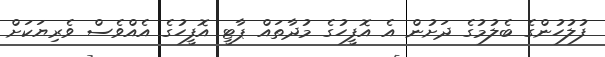
ފުލުހުންގެ ބެލުމުގެ ދަށުން އެ އޮފީހުގެ މުދާތައް ޕާޓީ އޮފީހުގެ އެއްވެސް ވެރިޔަކަށް